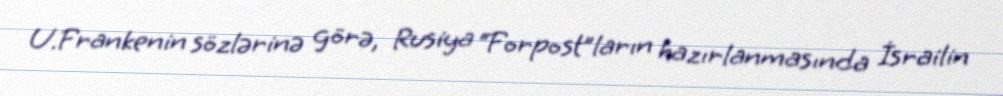
U.Frankenin sözlərinə görə, Rusiya “Forpost”ların hazırlanmasında İsrailin